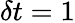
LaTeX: \delta t=1